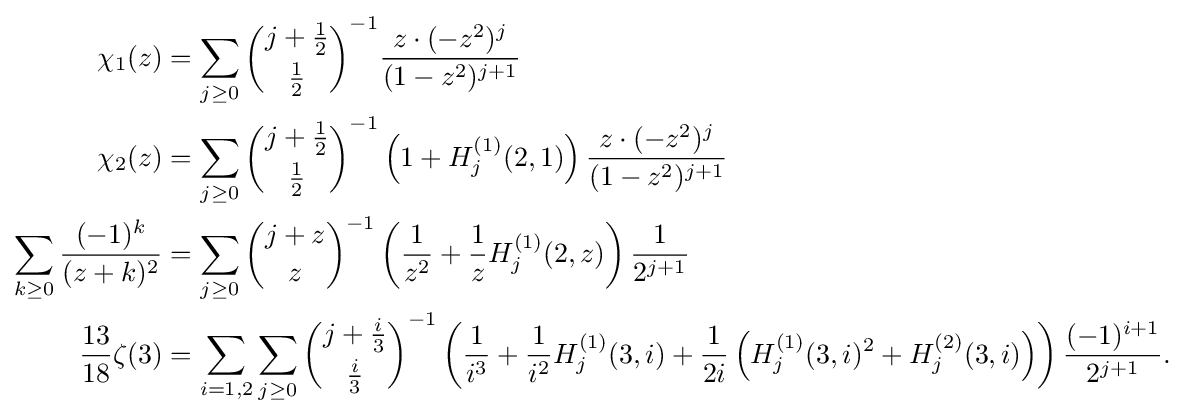
{\begin{aligned}\chi _{1}(z)&=\sum _{j\geq 0}{\binom {j+{\frac {1}{2}}}{\frac {1}{2}}}^{-1}{\frac {z\cdot (-z^{2})^{j}}{(1-z^{2})^{j+1}}}\\\chi _{2}(z)&=\sum _{j\geq 0}{\binom {j+{\frac {1}{2}}}{\frac {1}{2}}}^{-1}\left(1+H_{j}^{(1)}(2,1)\right){\frac {z\cdot (-z^{2})^{j}}{(1-z^{2})^{j+1}}}\\\sum _{k\geq 0}{\frac {(-1)^{k}}{(z+k)^{2}}}&=\sum _{j\geq 0}{\binom {j+z}{z}}^{-1}\left({\frac {1}{z^{2}}}+{\frac {1}{z}}H_{j}^{(1)}(2,z)\right){\frac {1}{2^{j+1}}}\\{\frac {13}{18}}\zeta (3)&=\sum _{i=1,2}\sum _{j\geq 0}{\binom {j+{\frac {i}{3}}}{\frac {i}{3}}}^{-1}\left({\frac {1}{i^{3}}}+{\frac {1}{i^{2}}}H_{j}^{(1)}(3,i)+{\frac {1}{2i}}\left(H_{j}^{(1)}(3,i)^{2}+H_{j}^{(2)}(3,i)\right)\right){\frac {(-1)^{i+1}}{2^{j+1}}}.\end{aligned}}